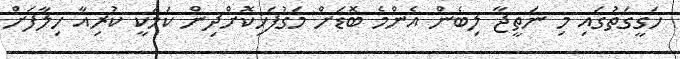
ހަގީގަތުގައި މި ނަތީޖާ ލިބެން އެންމެ ބޮޑަށް މަގުފަހިކޮށްދިން ކަމަކީ ކުރިއާ ހިލާފަށް